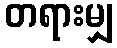
တရားမျှ